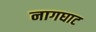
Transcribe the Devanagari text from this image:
नागघाट